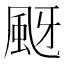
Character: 颬